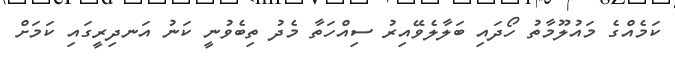
ކަމެއްގެ މައުލޫމާތު ހޯދައި ބަލާލެވޭއިރު ސިއްހަތާ މެދު ތިބެވުނީ ކަނު އަނދިރީގައި ކަމަށް